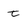
Character: t